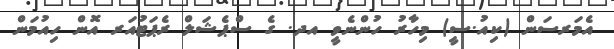
އެމަރސަން (ކިއު.ސީ) މިހާރު ހުންނެވީ އދ. ގެ ސްޕެޝަލް ރެޕަޓުއަރ އޮން ހިއުމަން